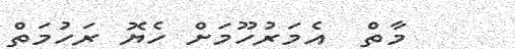
މާތް  އެމަރުހޫމަށް ހެޔޮ ރަހުމަތް